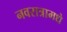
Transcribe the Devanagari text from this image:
नवरात्रामधे